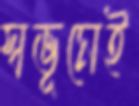
স্বভূমেই